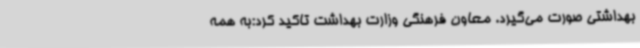
بهداشتی صورت می‌گیرد. معاون فرهنگی وزارت بهداشت تاکید کرد:به همه